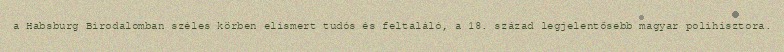
a Habsburg Birodalomban széles körben elismert tudós és feltaláló, a 18. század legjelentősebb magyar polihisztora.